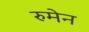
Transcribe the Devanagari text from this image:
रुमेन